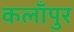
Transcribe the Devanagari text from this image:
कलाँपुर